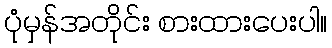
ပုံမှန်အတိုင်း စားထားပေးပါ။